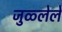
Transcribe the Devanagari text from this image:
जुळ्लेले